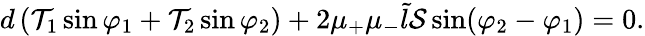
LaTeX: \begin{array}{r}{d\left(\mathcal{T}_{1}\sin\varphi_{1}+\mathcal{T}_{2}\sin\varphi_{2}\right)+2\mu_{+}\mu_{-}\tilde{l}\mathcal{S}\sin(\varphi_{2}-\varphi_{1})=0.}\end{array}